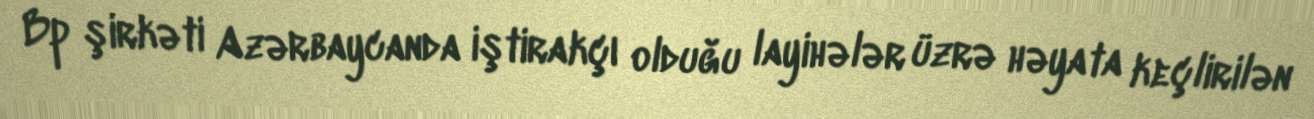
Bp şirkəti Azərbaycanda iştirakçı olduğu layihələr üzrə həyata keçlirilən